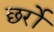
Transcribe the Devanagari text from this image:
छर्रो